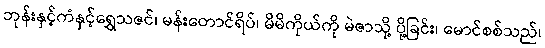
ဘုန်းနှင့်ကံနှင့်ရွှေသဇင်၊ မန်းတောင်ရိပ်၊ မိမိကိုယ်ကို မဲဇာသို့ ပို့ခြင်း၊ မောင်စစ်သည်၊